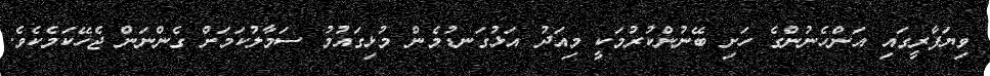
ވިޔަފާރީގައި އަންހެނުންގެ ހަށި ބޭނުންކުރުމަކީ މިއަދު އަޅުގަނޑުމެން މުޅިގައުމު ސަމާލުކަމަށް ގެންނަން ޖެހޭކަމެކެވެ.